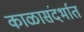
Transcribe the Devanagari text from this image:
काळासंदर्भात